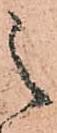
之